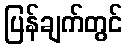
ပြန်ချက်တွင်